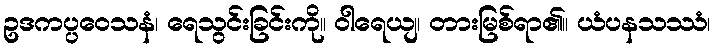
ဥဒကပ္ပဝေသနံ၊ ရေသွင်းခြင်းကို။ ဝါရေယျ၊ တားမြစ်ရာ၏။ ယံပနသဿံ၊